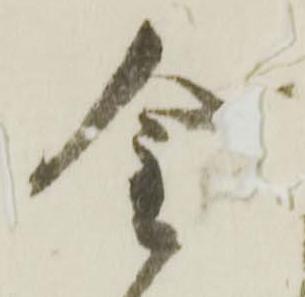
金